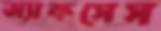
অ্যাকসেস